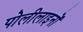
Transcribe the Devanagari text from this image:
पोलीलाइनों